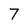
Character: 7